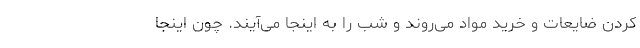
کردن ضایعات و خرید مواد می‌روند و شب را به اینجا می‌آیند. چون اینجا